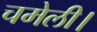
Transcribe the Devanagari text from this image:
चमेली।